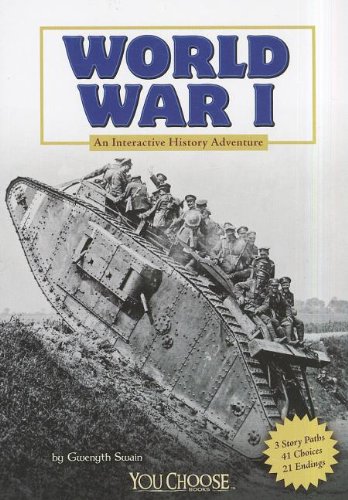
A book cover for World War I: An Interactive History Adventure (You Choose: History); Gwenyth Swain; History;